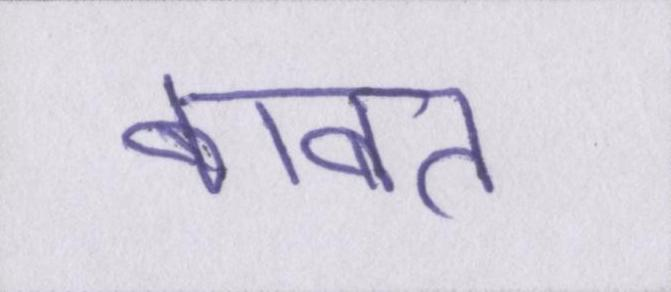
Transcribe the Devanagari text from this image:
बाबत